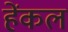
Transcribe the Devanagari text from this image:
हेंकल